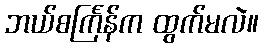
ဘယ်စင်္ကြန်က ထွက်မလဲ။